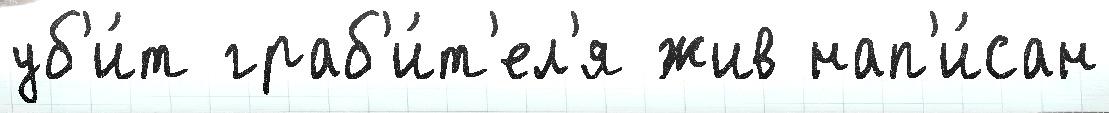
уб'и́т граб'и́т'ел'я жив нап'и́сан